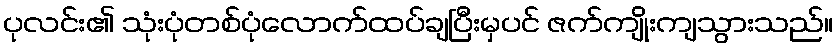
ပုလင်း၏ သုံးပုံတစ်ပုံလောက်ထပ်ချပြီးမှပင် ဇက်ကျိုးကျသွားသည်။